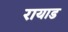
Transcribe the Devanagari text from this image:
रायाड